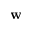
\mathbf { w }